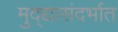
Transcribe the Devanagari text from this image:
मुद्द्यासंदर्भात